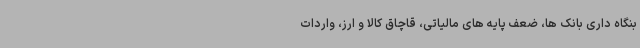
بنگاه داری بانک ها، ضعف پایه های مالیاتی، قاچاق کالا و ارز، واردات